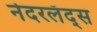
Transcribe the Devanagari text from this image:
नेदरलँद्स